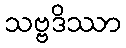
သဗ္ဗဒိဿာ